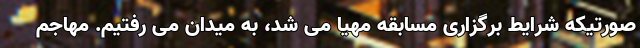
صورتیکه شرایط برگزاری مسابقه مهیا می شد، به میدان می رفتیم. مهاجم